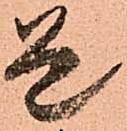
是